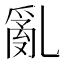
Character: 亂